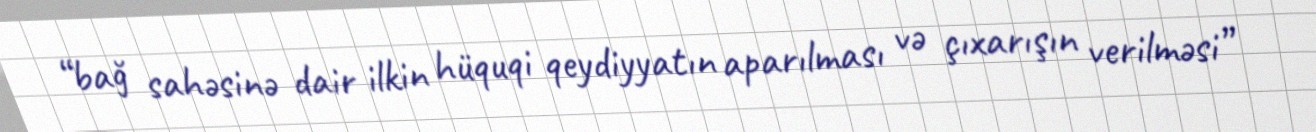
“bağ sahəsinə dair ilkin hüquqi qeydiyyatın aparılması və çıxarışın verilməsi”